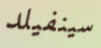
سينفيلد